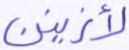
لأزينن